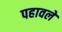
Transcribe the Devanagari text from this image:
पहावले